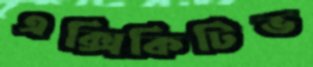
এক্সিকিটিভ